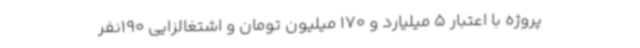
پروژه با اعتبار 5 میلیارد و 170 میلیون تومان و اشتغالزایی 190نفر